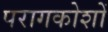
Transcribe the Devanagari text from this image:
परागकोशों